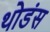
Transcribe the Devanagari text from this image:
थोडंस